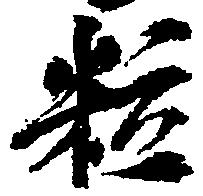
粒